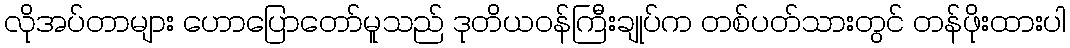
လိုအပ်တာများ ဟောပြောတော်မူသည် ဒုတိယဝန်ကြီးချုပ်က တစ်ပတ်သားတွင် တန်ဖိုးထားပါ